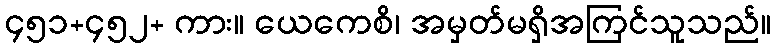
၄၅၁+၄၅၂+ ကား။ ယေကေစိ၊ အမှတ်မရှိအကြင်သူသည်။